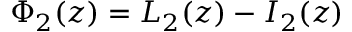
\Phi _ { 2 } ( z ) = L _ { 2 } ( z ) - I _ { 2 } ( z )